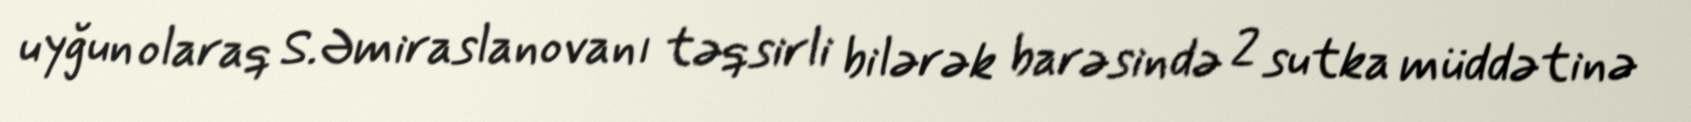
uyğun olaraq S.Əmiraslanovanı təqsirli bilərək barəsində 2 sutka müddətinə